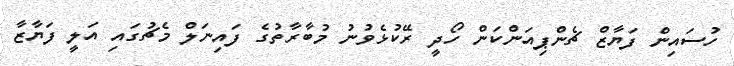
ހުސައިން ފަޔާޒް ޗެންޕިއަންކަން ހޯދީ ރޭކުޅެވުނު މުބާރާތުގެ ފައިނަލް މެޗުގައި އަލީ ފަޔާޒާ